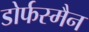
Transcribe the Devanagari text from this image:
डोर्फस्मैन